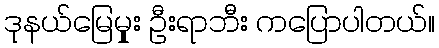
ဒုနယ်မြေမှုုး ဦးရာဘီး ကပြောပါတယ်။